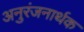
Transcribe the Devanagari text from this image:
अनुरंजनार्थक